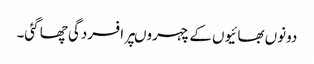
دونوں بھائیوں کے چہروںپر افسردگی چھا گئی۔